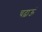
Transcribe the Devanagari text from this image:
चढ़ाऊं